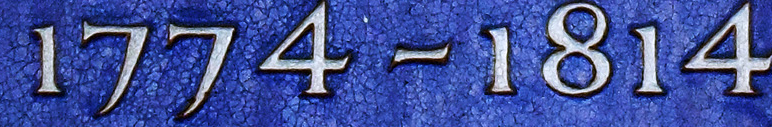
1774-1814